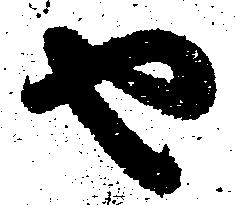
由